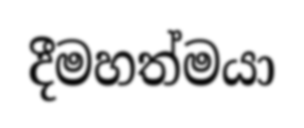
දීමහත්මයා